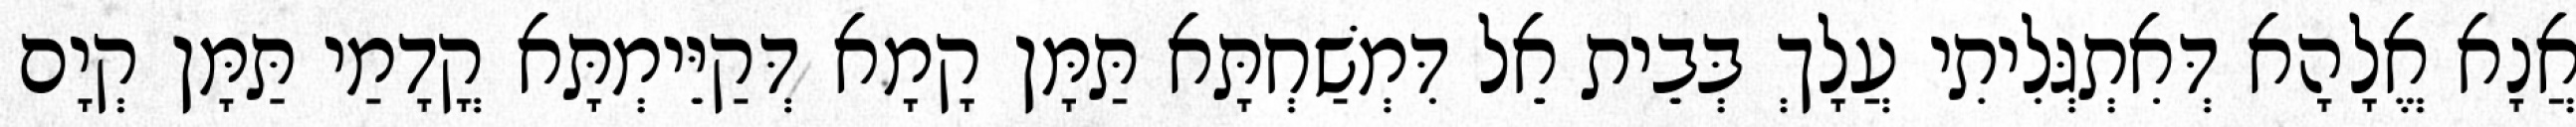
אֲנָא אֱלָהָא דְּאִתְגְּלִיתִי עֲלָךְ בְּבֵית אֵל דִּמְשַׁחְתָּא תַּמָּן קָמָא דְּקַיֵּימְתָּא קֳדָמַי תַּמָּן קְיָם